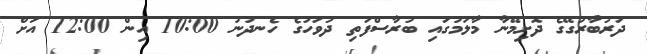
ދަރުބާރުގޭގެ ދޮށިމޭނާ މާލަމުގައި ބުރާސްފަތި ދުވަހުގެ ހެނދުނު 10:00 އިން 12:00 އަށް